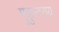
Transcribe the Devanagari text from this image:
मुकुन्दराय